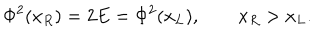
\Phi ^ { 2 } ( x _ { R } ) = 2 E = \Phi ^ { 2 } ( x _ { L } ) , \qquad x _ { R } > x _ { L } .